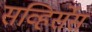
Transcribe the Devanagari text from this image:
सव्हिर्सेस